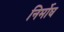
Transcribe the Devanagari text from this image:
निर्मोघ